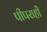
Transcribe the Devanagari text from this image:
पीपराही